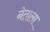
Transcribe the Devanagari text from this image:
नेताला